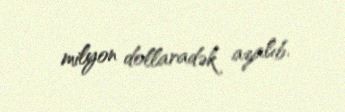
milyon dollaradək azalıb.